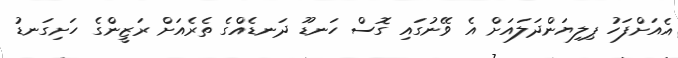
އެއަށްފަހު ޕިލިޔަންދަލައަށް އެ ވޭނުގައި ގޮސް ހަނޑޫ ދަނޑެއްގެ ތެރެއަށް ރަޒީންގެ ހަށިގަނޑު